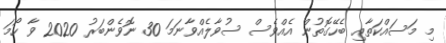
މި މަސައްކަތާއި ބެހޭގޮތުން އެއްވެސް ސުވާލެއްވާނަމަ 30 ނޮވެންބަރު 2020 ވާ ހޯމަ